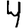
Digit: 4